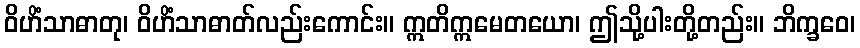
ဝိဟိံသာဓာတု၊ ဝိဟိံသာဓာတ်လည်းကောင်း။ ဣတိဣမေတယော၊ ဤသို့ပါးတို့တည်း။ ဘိက္ခဝေ၊